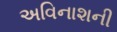
અવિનાશની